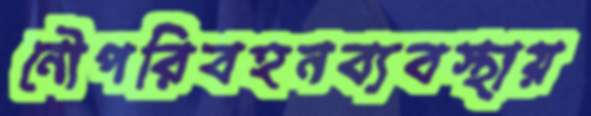
নৌপরিবহনব্যবস্থায়